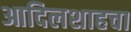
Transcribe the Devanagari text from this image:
आदिलशाहचा